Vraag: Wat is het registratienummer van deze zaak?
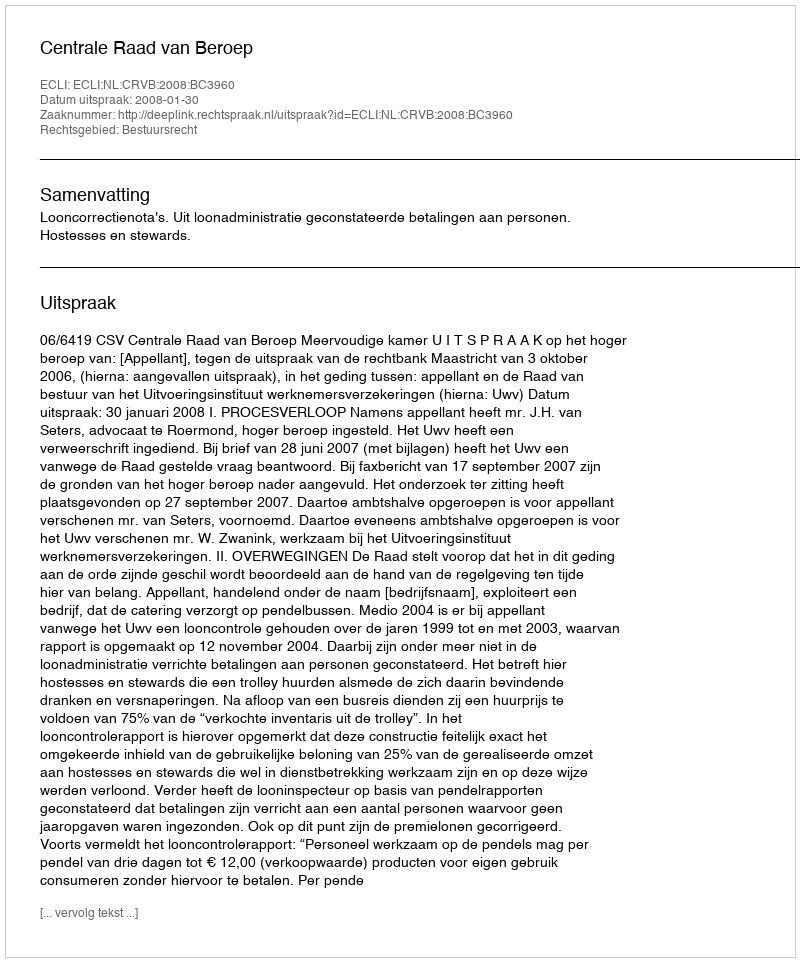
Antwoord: http://deeplink.rechtspraak.nl/uitspraak?id=ECLI:NL:CRVB:2008:BC3960